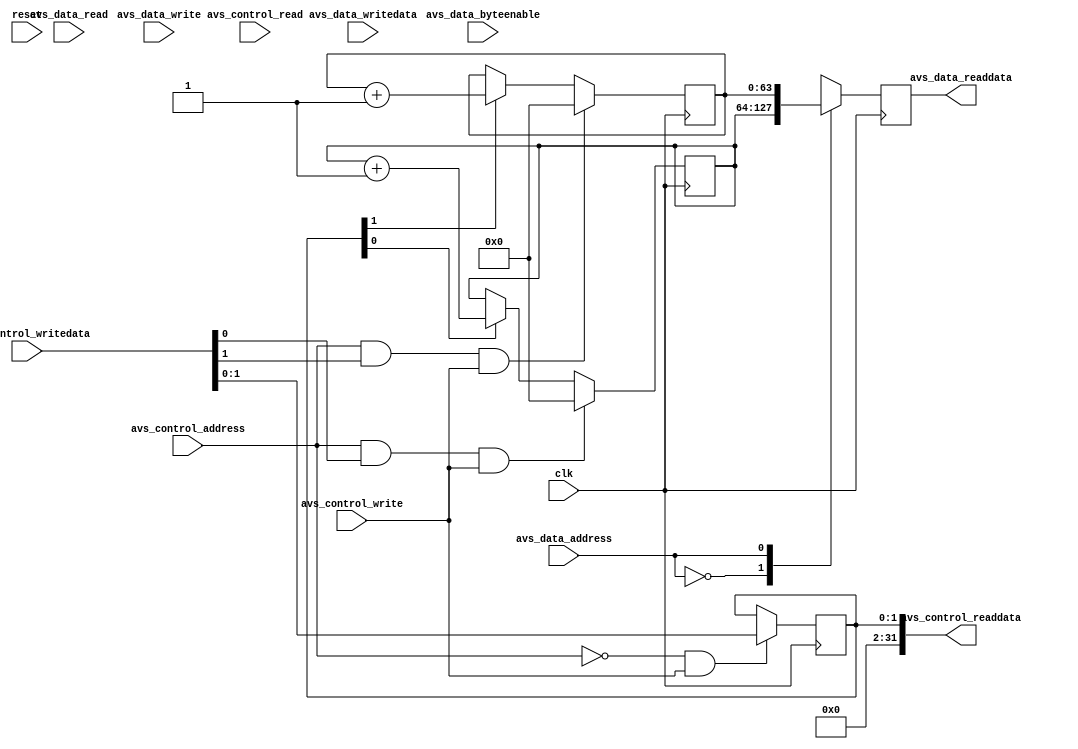

module cycle_counters #(
	// Avalon interconnect parameters
//	parameter DW = 31, 	// Number of data bits minus 1
	parameter AW = 0, 	// Number of address bits minus 1
//	parameter BE = 3,		// Number of byte enable bits minus 1

	// Module parameters
	parameter CYCLE_COUNTERS	= 2	// The number of cycle counters
) (
	input						clk,
	input						reset, 

	input						avs_control_address,
	input						avs_control_read,
	input						avs_control_write,
	input			[31: 0]	avs_control_writedata,
	output		[31: 0]	avs_control_readdata,

	input			[AW: 0]	avs_data_address,
	input			[ 7: 0]	avs_data_byteenable,
	input						avs_data_read,
	input						avs_data_write,
	input			[63: 0]	avs_data_writedata,
	output reg	[63: 0]	avs_data_readdata
);

localparam CC = CYCLE_COUNTERS - 1;		// The number of cycle counters minus 1

reg		[CC: 0]	run_counters;
reg		[63: 0]	cycle_counts	[CC: 0];

wire		[CC: 0]	reset_counters;
//wire		[CC: 0]	set_counter;

genvar	g;
integer	i;

assign avs_control_readdata = run_counters;

always @(posedge clk)
begin
	avs_data_readdata <= cycle_counts[avs_data_address];
end

initial run_counters = {CYCLE_COUNTERS{1'b0}};
always @(posedge clk)
begin
//	if ((avs_control_address == 0) & avs_slave_write & avs_control_byteenable[0])
//		run_counter[ 7: 0] <= avs_control_writedata[ 7: 0];
//
//	if ((avs_control_address == 0) & avs_slave_write & avs_control_byteenable[1])
//		run_counter[15: 8] <= avs_control_writedata[15: 8];
//
//	if ((avs_control_address == 0) & avs_slave_write & avs_control_byteenable[2])
//		run_counter[23:16] <= avs_control_writedata[23:16];
//
//	if ((avs_control_address == 0) & avs_slave_write & avs_control_byteenable[3])
//		run_counter[31:24] <= avs_control_writedata[31:24];

	if ((avs_control_address == 0) & avs_control_write)
	begin
		$display("Write to run counters");
		for (i = 0; i < CYCLE_COUNTERS; i = i + 1)
			$display("counter %d = %d", i, cycle_counts[i]);

		run_counters <= avs_control_writedata;
	end
end

generate
	for (g = 0; g < CYCLE_COUNTERS; g = g + 1)
	begin : CHECK_FOR_INITIATE_COUNTER_RESET
		assign reset_counters[g] = (avs_control_address == 1) & avs_control_writedata[g] & avs_control_write;
	end
endgenerate

initial
begin
	for (i = 0; i < CYCLE_COUNTERS; i = i+ 1)
		cycle_counts[i] = 64'd0;
end
always @(posedge clk)
begin
	for (i = 0; i < CYCLE_COUNTERS; i = i+ 1)
	begin
		if (reset_counters[i])
			cycle_counts[i] <= 64'd0;
		else if (run_counters[i])
			cycle_counts[i] <= cycle_counts[i] + 64'd1;
	end
end

endmodule